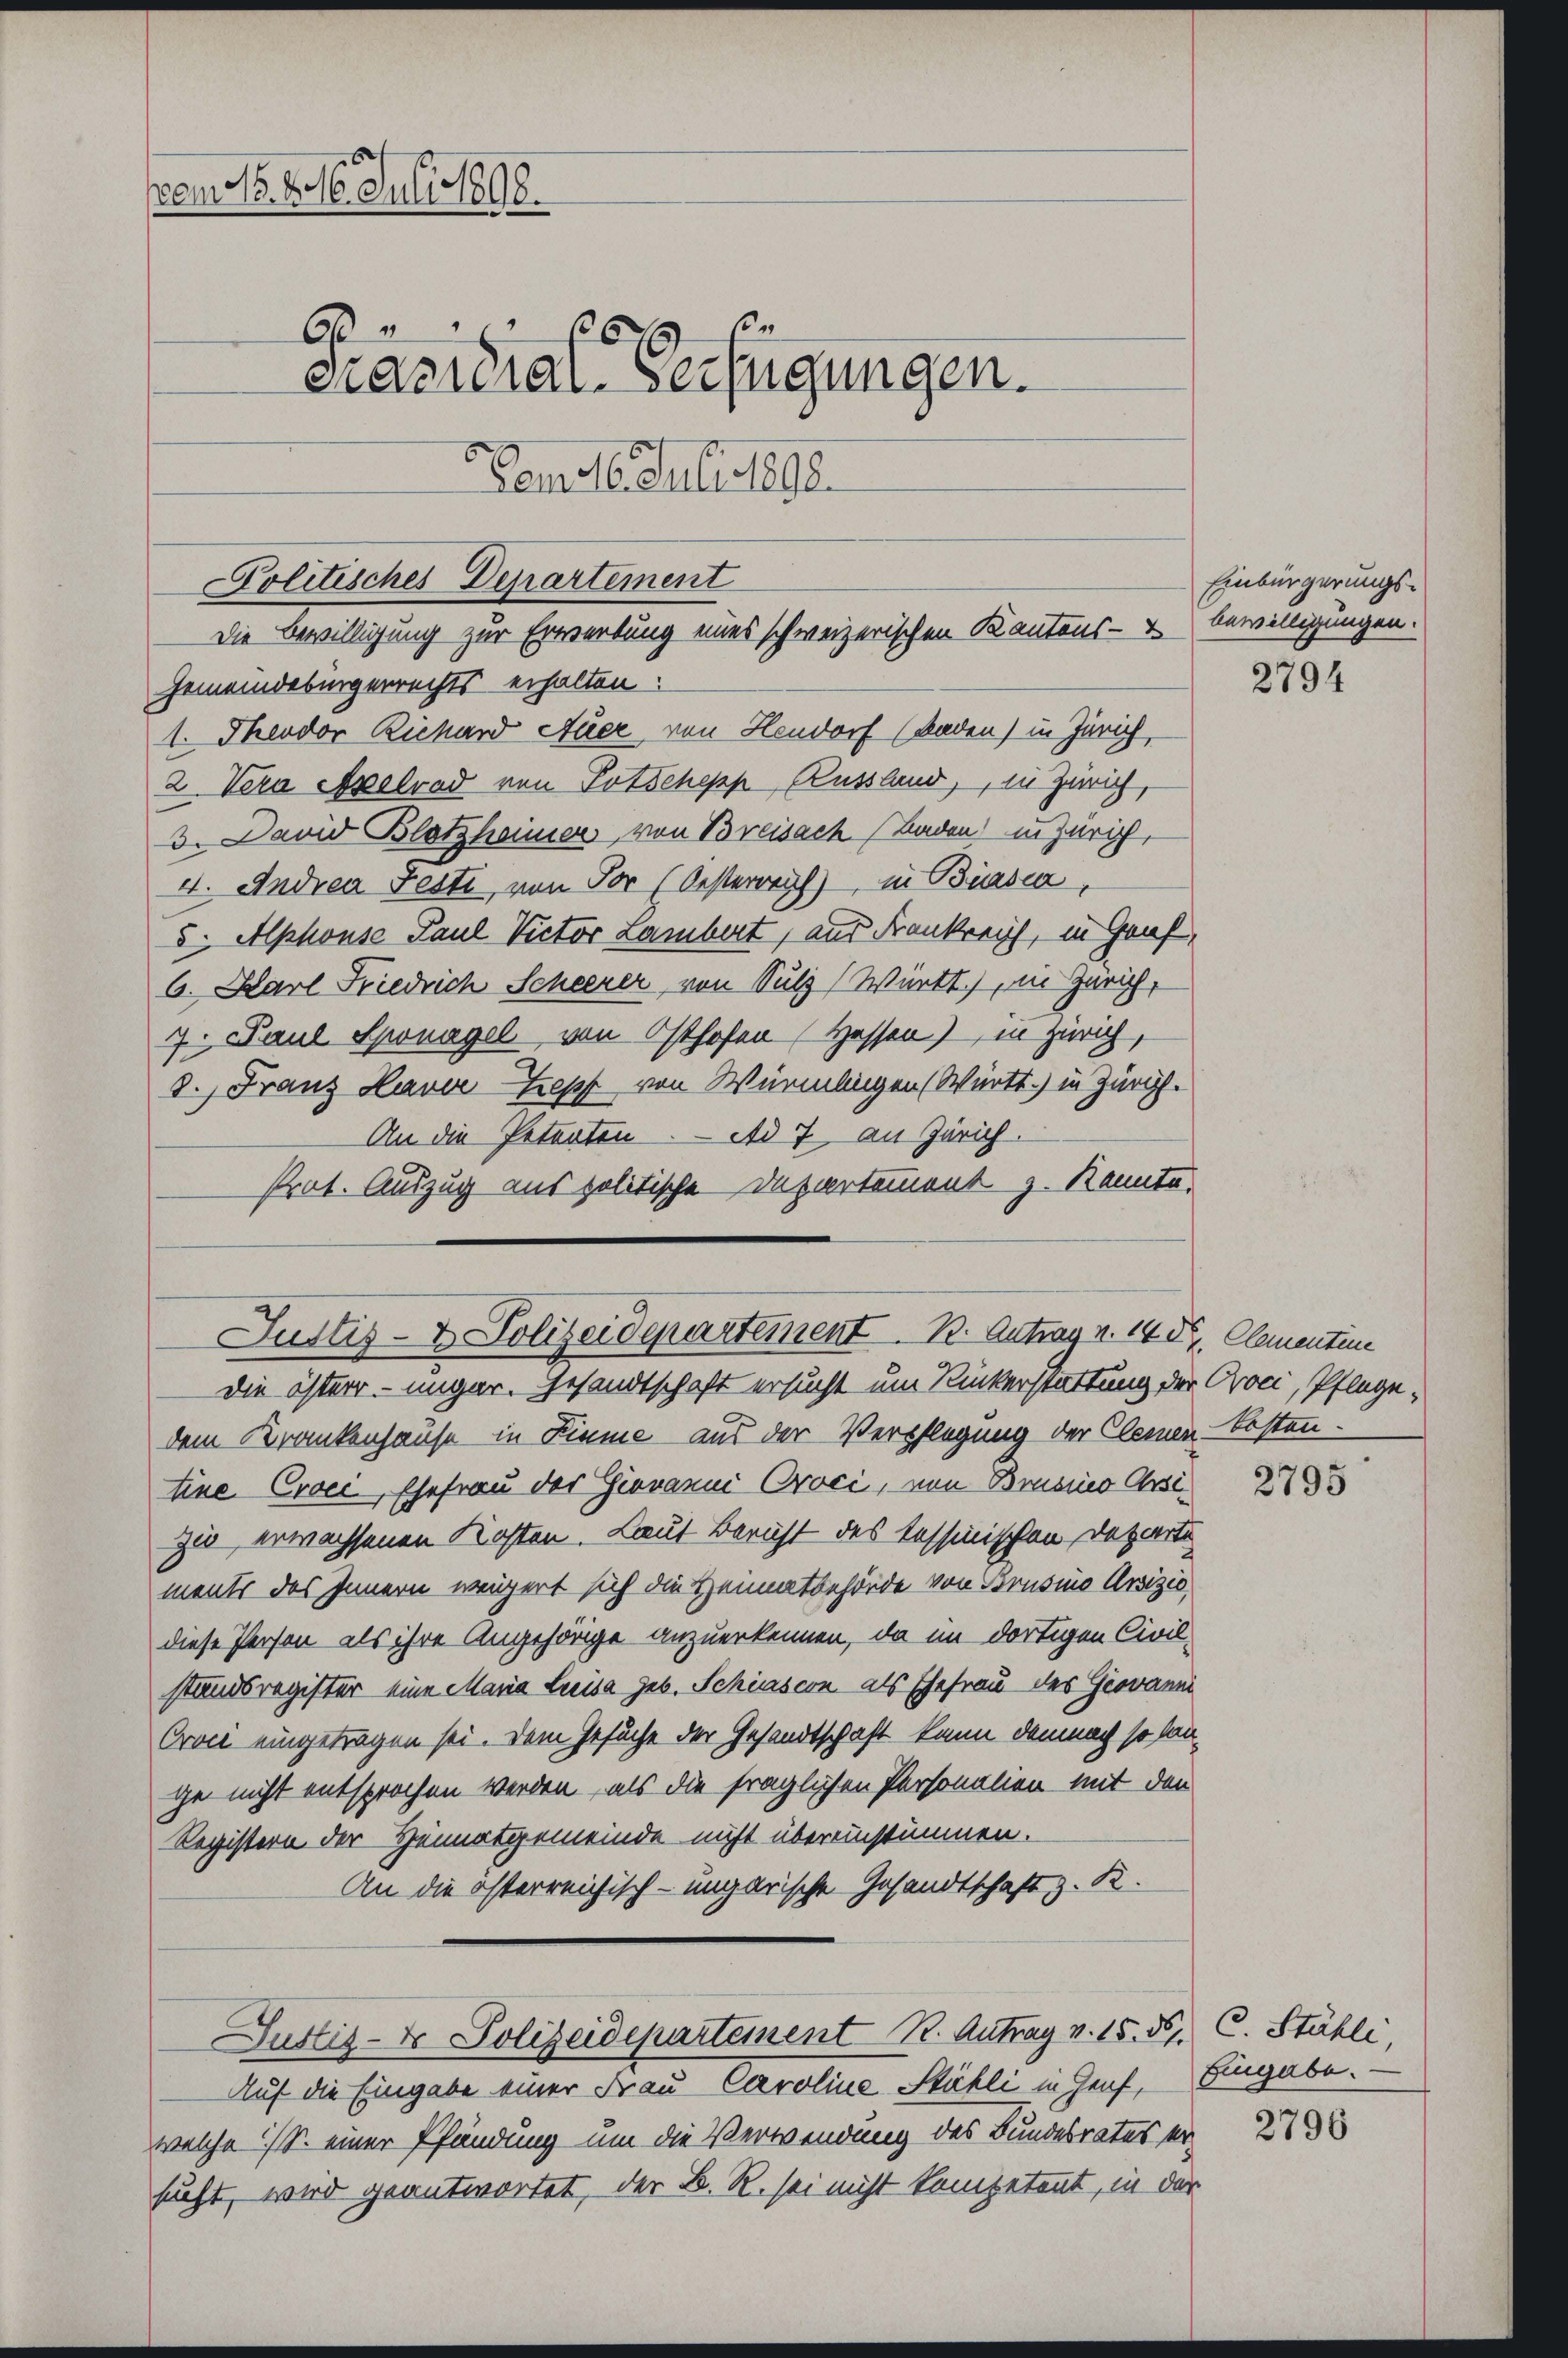
em No. 816. Juli 1898.
6
cacidial-Verfügungen.
Dam 16. Juli 1890.

Politisches Departement
Die Bewilligung zur Erwerbung eines schweizerischen Kantons- &
Gemeindebürgerrechts erhalten.

Justiz- & Polizeidepartement. B. Antrag v. 14 Dr. Clementen

1. Theodor Richard Auer von Hendorf (Baden) in Zürich
2. Vera Apelrad von Potschepp, Russland, in Zürich,
3. David Blatzheimer von Breisach Baden in Zürich,
4. Andrea Festi, von Vor (Oesterreich in Biasca,
5. Alphonse Paul Victor Lambert, aus Frankreich, in Genf,
6. Karl Friedrich Scheerer von Sulz (Württ.), in Zürich,
7. Paul Sonagel von Osthofen (Hessen) in Zürich,
3.) Franz HaverTrepp von Würmlingen (Württ. in Zürich.
An die Petenten. Ad 7 an Zürich.
Prot. Auszug aus politische Departement z. Kannte.

Die österr. ungar. Gesandtschaft ersucht um Rückerstattung der Oroci, Pflege,
dem Krankenhause in Sinne aus der Verpflegung der Clemen besten-
tine Crocc, Ehefrau der Giovanni Oroci, von Brasino Ossizie erwachsenen Kosten. Laut Bericht des Tessinischen Departe
ments das Innern weigert sich die Heimatbehörde von Brusino Arsizio
diese Person als ihre Angehörige anzuerkennen, da im dortigen Civilstandsregister eine Maria Luisa geb. Schiascon als Ehefrau des Giovanni
Orvie eingetragen sei. Dem Gesuche der Gesandtschaft kann demnach so lange nicht entsprochen werden, als die fraglichen Personalien mit den
Registern der Heimatgemeinde nicht übereinstimmen.
An die österreichisch-ungarische Gesandtschaft z. R.
Justiz- & Polizeidepartement R. Antrag v. 15. 56. C. Stähli
Auf die Eingabe einer Frau Caroline Stähli in Genf, Eingabe.
welche S. einer Pfändung um die Verwendung des Bundesrates ersucht, wird geantwortet, der B. R. sei nicht kompetent, in der

Einbürgerungsbewilligungen.

2794

2795

2796